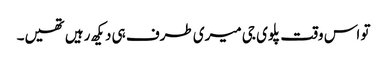
تو اس وقت پلوی جی میری طرف ہی دیکھ رہیں تھیں۔